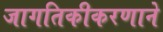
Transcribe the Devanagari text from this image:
जागतिकीकरणाने